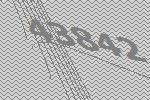
43842